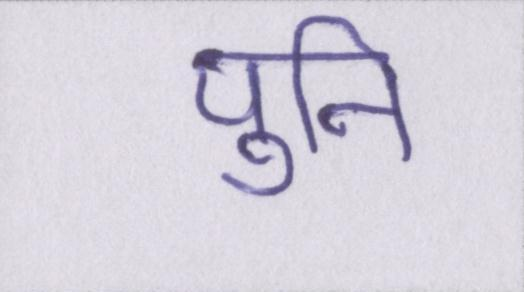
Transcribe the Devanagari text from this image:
पुनि